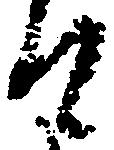
て